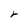
Character: r